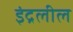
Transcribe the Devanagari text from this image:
इंद्रलील